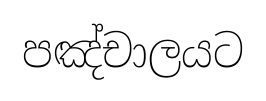
පඤ්චාලයට